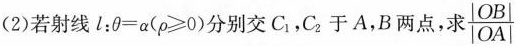
(2)若射线l；0=α(ρ≥0)分别交C，C。于A，B两点，求 $$\frac{|OB|}{|OA|}$$